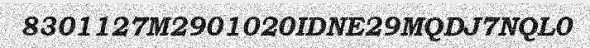
8301127M2901020IDNE29MQDJ7NQL0